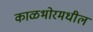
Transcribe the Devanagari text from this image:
काळभोरमधील